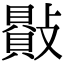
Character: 𣀕